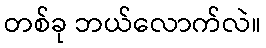
တစ်ခု ဘယ်လောက်လဲ။